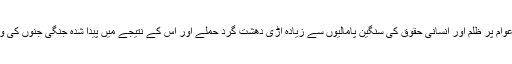
مسلہ کشمیر اب نہتے کشمیری عوام پر ظلم اور انسانی حقوق کی سنگین پامالیوں سے زیادہ اڑی دھشت گرد حملے اور اس کے نتیجے میں پیدا شدہ جنگی جنوں کی وجہ سے فلیش پوائنٹ بن گیا ہے۔